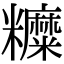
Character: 𥽰